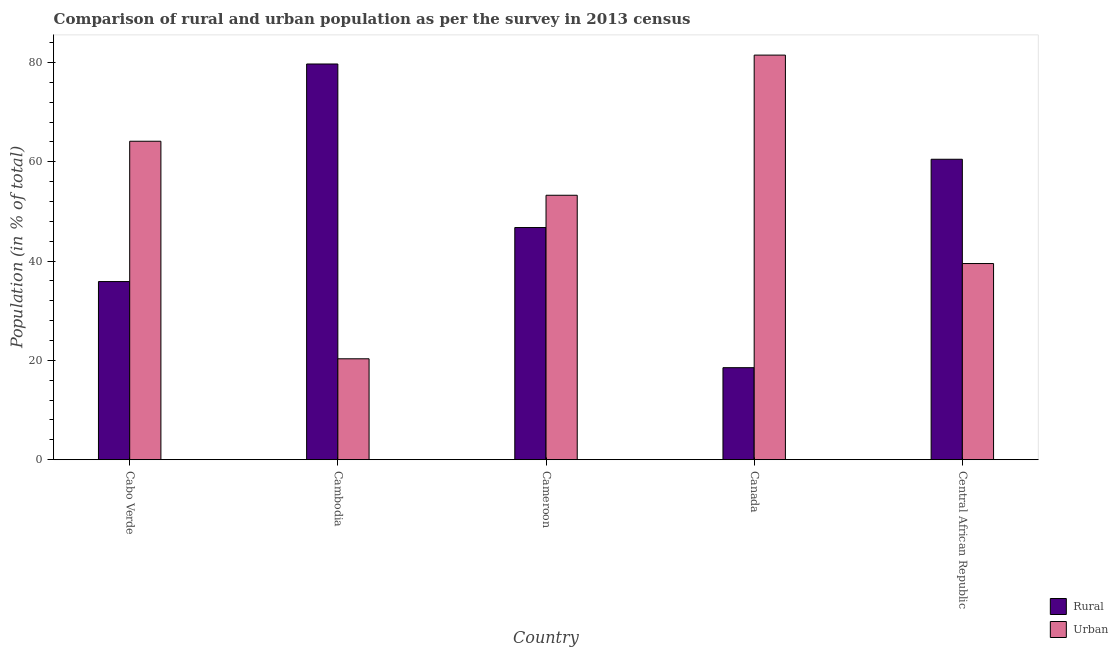
| Country | Rural | Urban |
 | --- | --- | --- |
 | Cabo Verde | 35.9 | 64.1 |
 | Cambodia | 79.7 | 20.3 |
 | Cameroon | 46.8 | 53.2 |
 | Canada | 18.5 | 81.5 |
 | Central African Republic | 60.5 | 39.5 |